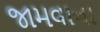
જામવાના